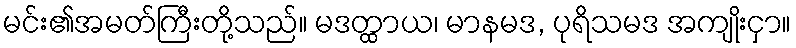
မင်း၏အမတ်ကြီးတို့သည်။ မဒတ္ထာယ၊ မာနမဒ, ပုရိသမဒ အကျိုးငှာ။